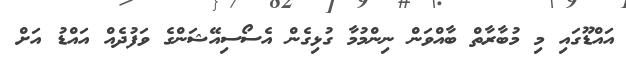
އައްޑޫގައި މި މުބާރާތް ބާއްވަން ނިންމުމާ ގުޅިގެން އެސޯސިއޭޝަންގެ ވަފުދެއް އައްޑު އަށް